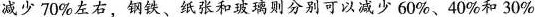
减少70%左右，钢铁、纸张和玻璃则分别可以减少60%、40%和30%